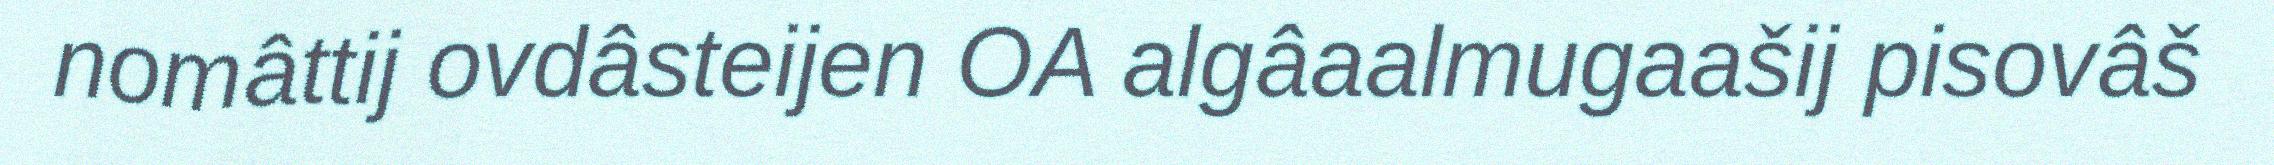
nomâttij ovdâsteijen OA algâaalmugaašij pisovâš